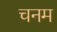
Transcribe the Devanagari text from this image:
चनम